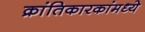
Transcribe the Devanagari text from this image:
क्रांतिकारकांमध्ये